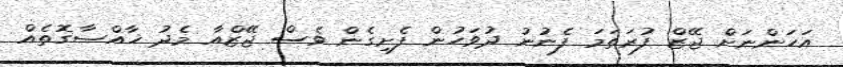
އަހަންނަށް ޖޭޒް ފުރަތަމަ ފެނުނު ދުވަހުން ފެށިގެން ވެސް ޖޭޒްއާ މެދު ޚާއްޞާގޮތެއް